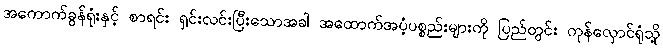
အကောက်ခွန်ရုံးနှင့် စာရင်း ရှင်းလင်းပြီးသောအခါ အထောက်အပံ့ပစ္စည်းများကို ပြည်တွင်း ကုန်လှောင်ရုံသို့